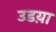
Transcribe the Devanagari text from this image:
उडय़ा